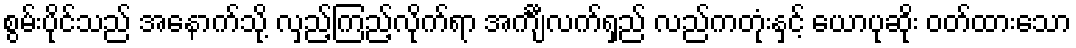
စွမ်းပိုင်သည် အနောက်သို့ လှည့်ကြည့်လိုက်ရာ အင်္ကျီလက်ရှည် လည်ကတုံးနှင့် ယောပုဆိုး ဝတ်ထားသော